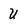
Character: U